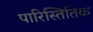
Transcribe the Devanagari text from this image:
पारिस्तितिक